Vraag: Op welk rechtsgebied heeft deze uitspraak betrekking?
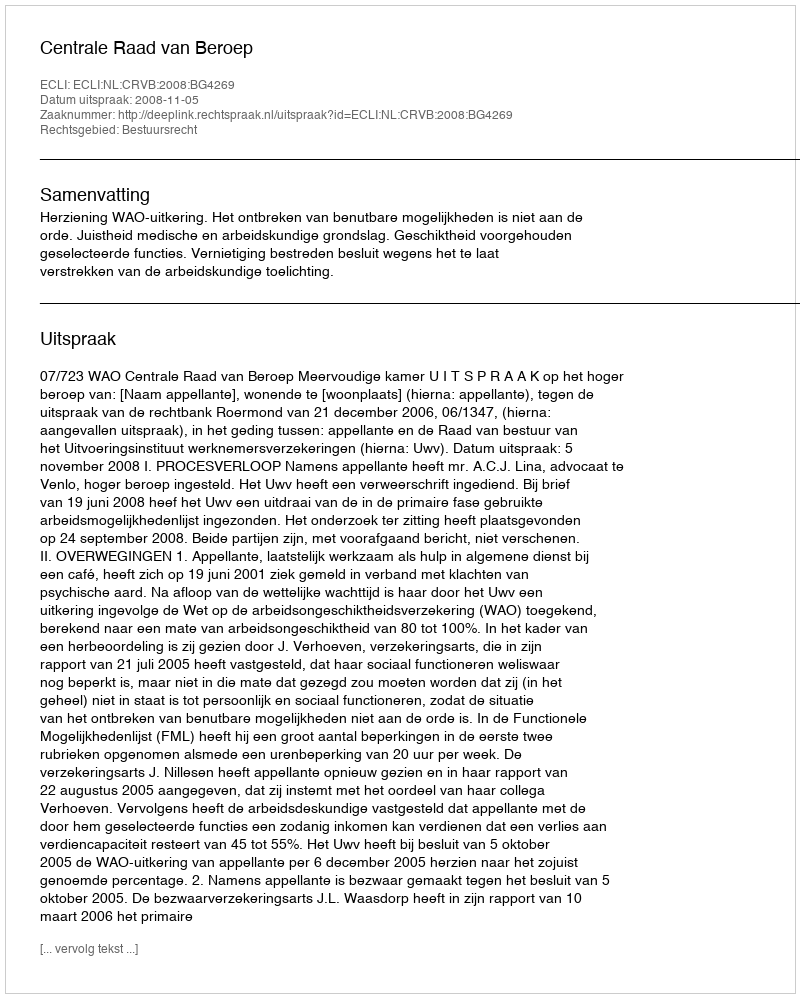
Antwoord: Bestuursrecht